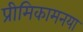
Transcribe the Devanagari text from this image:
प्रीमिकामनया